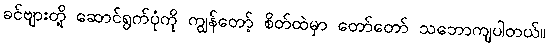
ခင်ဗျားတို့ ဆောင်ရွက်ပုံကို ကျွန်တော့် စိတ်ထဲမှာ တော်တော် သဘောကျပါတယ်။